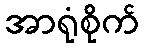
အာရုံစိုက်